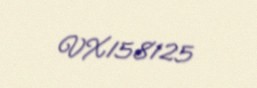
VX158125